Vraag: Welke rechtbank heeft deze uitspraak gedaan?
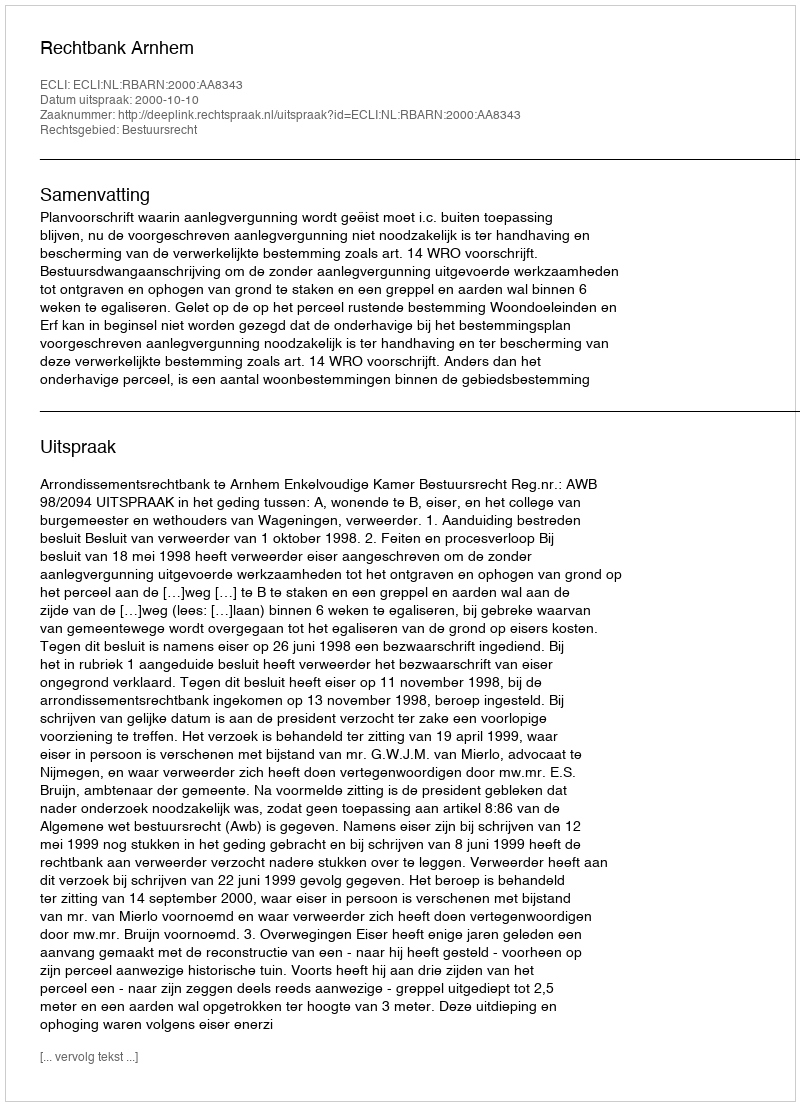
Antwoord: Rechtbank Arnhem